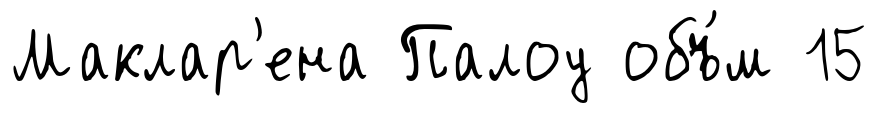
Маклар'ена Палоу объ́м 15